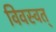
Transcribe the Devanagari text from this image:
विवस्वत्